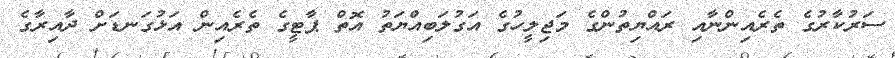
ސަރުކާރުގެ ތެރެއިންނާއި ރައްޔިތުންގެ މަޖިލީހުގެ އަގުލަބިއްޔަތު އޮތް ޕާޓީގެ ތެރެއިން އަޅުގަނޑަށް ދާއިރާގެ